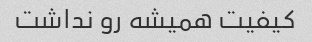
کیفیت همیشه رو نداشت